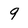
Character: g